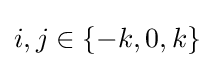
i,j\in \{-k,0,k\}